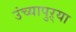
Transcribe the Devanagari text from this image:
उंच्यापुऱ्या